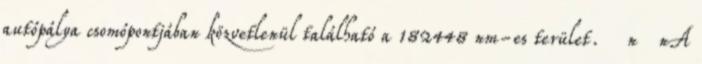
autópálya csomópontjában közvetlenül található a 182448 nm-es terület. n nA